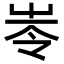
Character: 𡴒